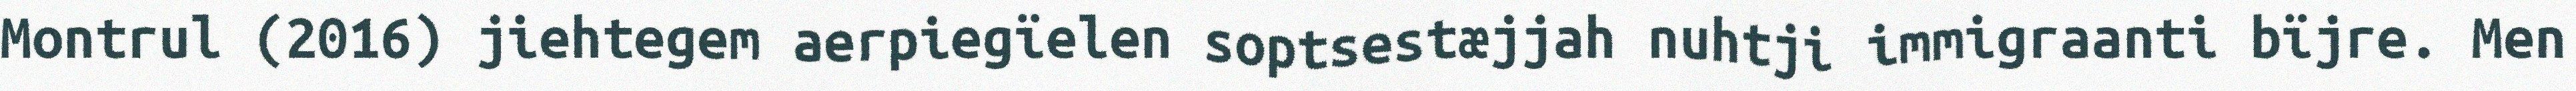
Montrul (2016) jiehtegem aerpiegïelen soptsestæjjah nuhtji immigraanti bïjre. Men